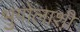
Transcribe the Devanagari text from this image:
भुगोलाशी